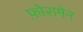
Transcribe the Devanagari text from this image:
फ़ोरामेन